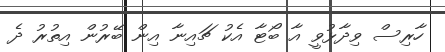
ހާރިސް ވިދާޅުވީ އާ ބޯޓާ އެކު ޗައިނާ އިން ބޭރުން އިތުރު ދެ